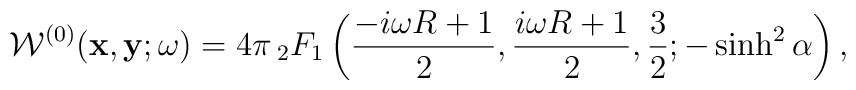
{\cal W}^{(0)}({\bf x},{\bf y};\omega )=4\pi \mathop{_2 F_1}\left( \frac{-i\omega R+1}{2},\frac{i\omega R+1}{2},\frac{3}{2};-\sinh ^{2}\alpha \right),